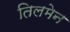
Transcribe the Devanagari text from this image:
तिलमेन